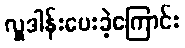
လှူဒါန်းပေးခဲ့ကြောင်း